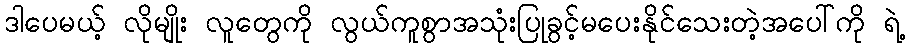
ဒါပေမယ့် လိုမျိုး လူတွေကို လွယ်ကူစွာအသုံးပြုခွင့်မပေးနိုင်သေးတဲ့အပေါ်ကို ရဲ့